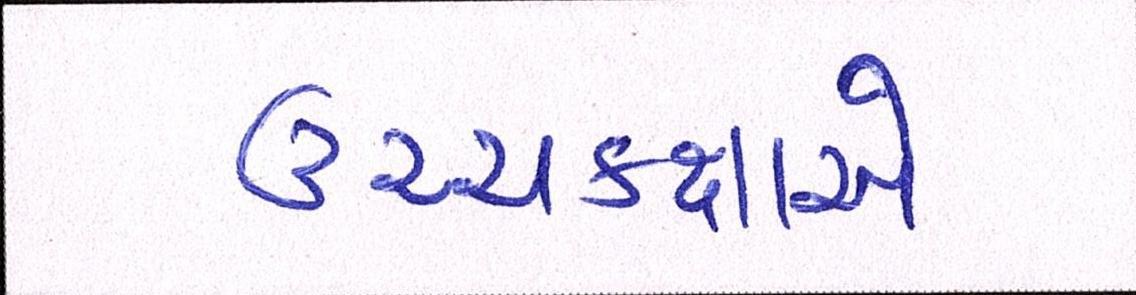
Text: ઉચ્ચકક્ષાએ